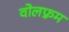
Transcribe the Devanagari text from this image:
वोलफ़्रम